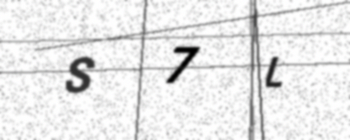
Text: S7L